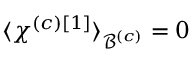
\langle \chi ^ { \left( c \right) \left[ 1 \right] } \rangle _ { \mathcal { B } ^ { \left( c \right) } } = 0